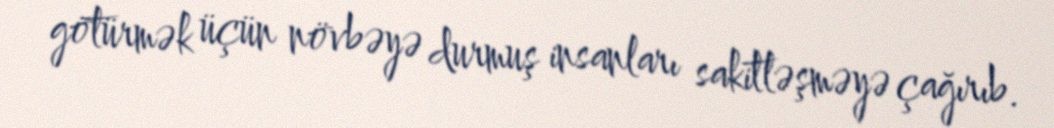
götürmək üçün növbəyə durmuş insanları sakitləşməyə çağırıb.